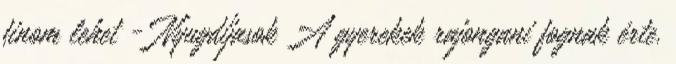
finom lehet - Nyugdíjasok A gyerekek rajongani fognak érte.